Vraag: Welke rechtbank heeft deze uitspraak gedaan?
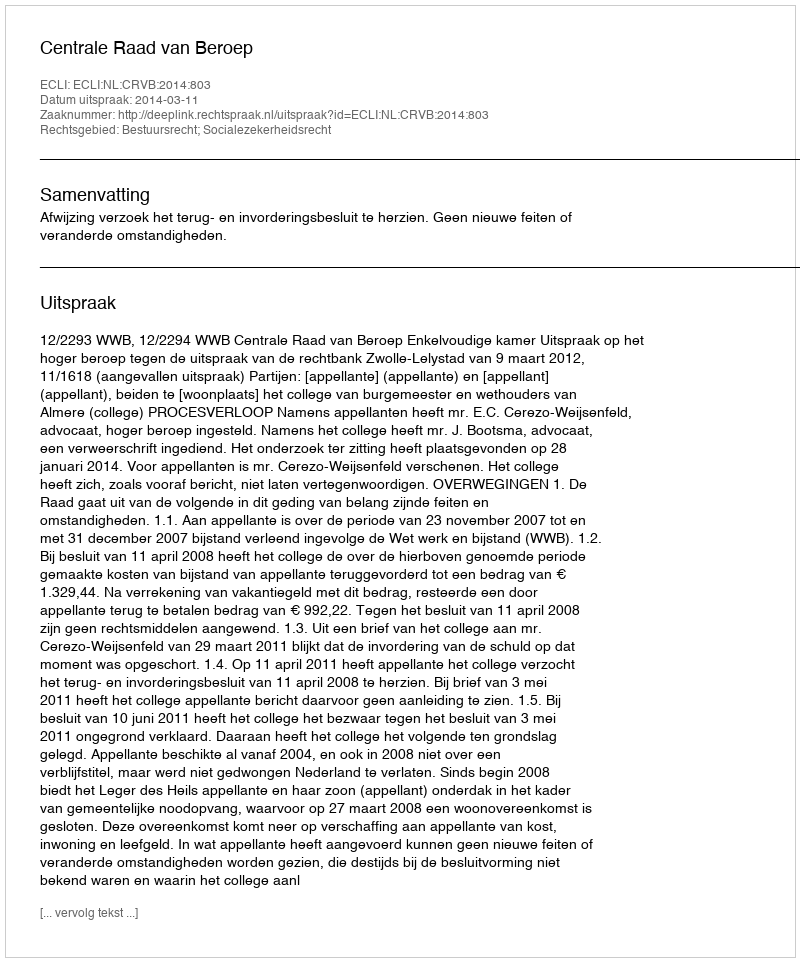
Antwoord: Centrale Raad van Beroep